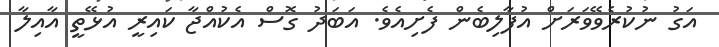
އަގު ނުކުރެވޭވަރަށް އުފާލިބެން ފެށިއެވެ. އަބަދު ގޮސް އެކުއްޖާ ކައިރީ އުޅޭތީ އާއިލާ